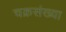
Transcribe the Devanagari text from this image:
चक्रसंख्या